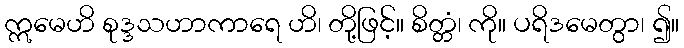
ဣမေဟိ စုဒ္ဒသဟာကာရေ ဟိ၊ တို့ဖြင့်။ စိတ္တံ၊ ကို။ ပရိဒမေတွာ၊ ၍။